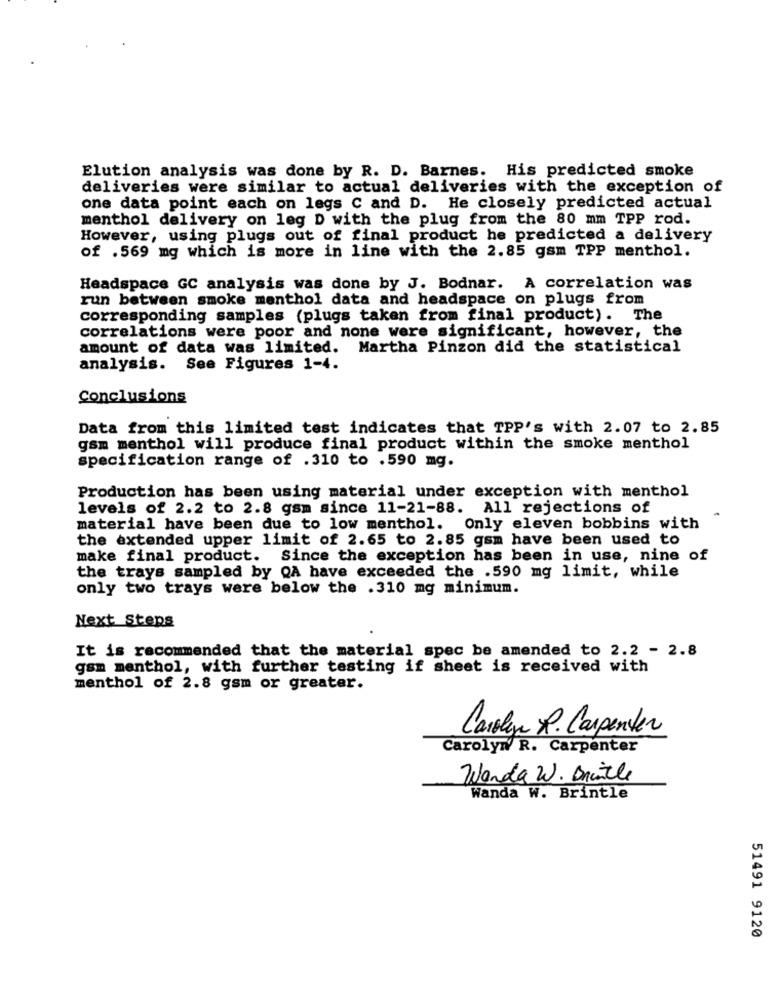
Elution analysis was done by R. D. Barnes. His predicted smoke
deliveries were similar to actual deliveries with the exception of
one data point each on legs C and D. He closely predicted actual
menthol delivery on leg D with the plug from the 80 mm TPP rod.
However, using plugs out of final product he predicted a delivery
of .569 mg which is more in line with the 2.85 gsm TPP menthol.
Headspace GC analysis was done by J. Bodnar. A correlation was
run between smoke menthol data and headspace on plugs from
corresponding samples (plugs taken from final product). The
correlations were poor and none were significant, however, the
amount of data was limited. Martha Pinzon did the statistical
analysis. See Figures 1-4.
Conclusions
Data from this limited test indicates that TPP's with 2.07 to 2.85
gsm menthol will produce final product within the smoke menthol
specification range of .310 to .590 mg.
Production has been using material under exception with menthol
levels of 2.2 to 2.8 gsm since 11-21-88. All rejections of
material have been due to low menthol.
Only eleven bobbins with
the extended upper limit of 2.65 to 2.85 gsm have been used to
make final product. Since the exception has been in use, nine of
the trays sampled by QA have exceeded the .590 mg limit, while
only two trays were below the .310 mg minimum.
Next Steps
It is recommended that the material spec be amended to 2.2 - 2.8
gsm menthol, with further testing if sheet is received with
menthol of 2.8 gsm or greater.
Carolyn R. Carpenter
Carolyn R. Carpenter
Wanda W. Brantle
Wanda W. Brintle
51491 9120